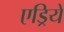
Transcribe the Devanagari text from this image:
एड्रियें